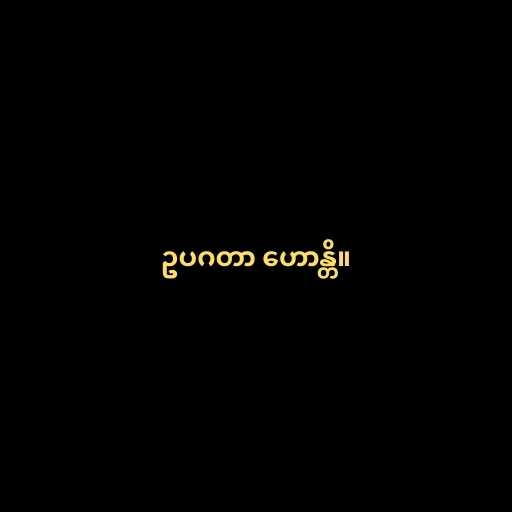
ဥပဂတာ ဟောန္တိ။